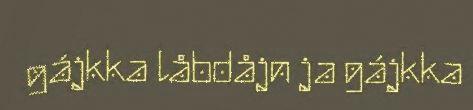
gájkka låbdåjn ja gájkka